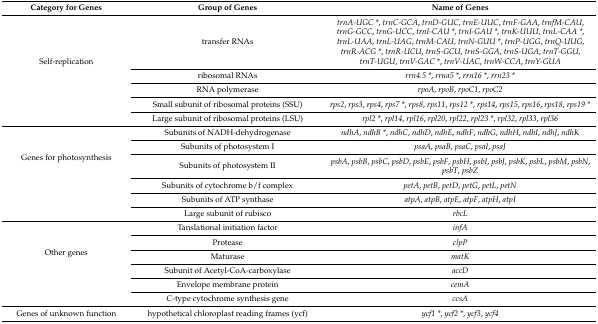
<table><thead><tr><td><b>Category for Genes</b></td><td><b>Group of Genes</b></td><td><b>Name of Genes</b></td></tr></thead><tbody><tr><td rowspan="5">Self-replication</td><td>transfer RNAs</td><td><i>trnA-UGC *</i>, <i>trnC-GCA</i>, <i>trnD-GUC</i>, <i>trnE-UUC</i>, <i>trnF-GAA</i>, <i>trnfM-CAU</i>, <i>trnG-GCC</i>, <i>trnG-UCC</i>, <i>trnI-CAU *</i>, <i>trnI-GAU *</i>, <i>trnK-UUU</i>, <i>trnL-CAA *</i>, <i>trnL-UAA</i>, <i>trnL-UAG</i>, <i>trnM-CAU</i>, <i>trnN-GUU *</i>, <i>trnP-UGG</i>, <i>trnQ-UUG</i>, <i>trnR-ACG *</i>, <i>trnR-UCU</i>, <i>trnS-GCU</i>, <i>trnS-GGA</i>, <i>trnS-UGA</i>, <i>trnT-GGU</i>, <i>trnT-UGU</i>, <i>trnV-GAC *</i>, <i>trnV-UAC</i>, <i>trnW-CCA</i>, <i>trnY-GUA</i></td></tr><tr><td>ribosomal RNAs</td><td><i>rrn4.5 *</i>, <i>rrna5 *</i>, <i>rrn16 *</i>, <i>rrn23 *</i></td></tr><tr><td>RNA polymerase</td><td><i>rpoA</i>, <i>rpoB</i>, <i>rpoC1</i>, <i>rpoC2</i></td></tr><tr><td>Small subunit of ribosomal proteins (SSU)</td><td><i>rps2</i>, <i>rps3</i>, <i>rps4</i>, <i>rps7 *</i>, <i>rps8</i>, <i>rps11</i>, <i>rps12 *</i>, <i>rps14</i>, <i>rps15</i>, <i>rps16</i>, <i>rps18</i>, <i>rps19 *</i></td></tr><tr><td>Large subunit of ribosomal proteins (LSU)</td><td><i>rpl2 *</i>, <i>rpl14</i>, <i>rpl16</i>, <i>rpl20</i>, <i>rpl22</i>, <i>rpl23 *</i>, <i>rpl32</i>, <i>rpl33</i>, <i>rpl36</i></td></tr><tr><td rowspan="6">Genes for photosynthesis</td><td>Subunits of NADH-dehydrogenase</td><td><i>ndhA</i>, <i>ndhB *</i>, <i>ndhC</i>, <i>ndhD</i>, <i>ndhE</i>, <i>ndhF</i>, <i>ndhG</i>, <i>ndhH</i>, <i>ndhI</i>, <i>ndhJ</i>, <i>ndhK</i></td></tr><tr><td>Subunits of photosystem I</td><td><i>psaA</i>, <i>psaB</i>, <i>psaC</i>, <i>psaI</i>, <i>psaJ</i></td></tr><tr><td>Subunits of photosystem II</td><td><i>psbA</i>, <i>psbB</i>, <i>psbC</i>, <i>psbD</i>, <i>psbE</i>, <i>psbF</i>, <i>psbH</i>, <i>psbI</i>, <i>psbJ</i>, <i>psbK</i>, <i>psbL</i>, <i>psbM</i>, <i>psbN</i>, <i>psbT</i>, <i>psbZ</i></td></tr><tr><td>Subunits of cytochrome b/f complex</td><td><i>petA</i>, <i>petB</i>, <i>petD</i>, <i>petG</i>, <i>petL</i>, <i>petN</i></td></tr><tr><td>Subunits of ATP synthase</td><td><i>atpA</i>, <i>atpB</i>, <i>atpE</i>, <i>atpF</i>, <i>atpH</i>, <i>atpI</i></td></tr><tr><td>Large subunit of rubisco</td><td><i>rbcL</i></td></tr><tr><td rowspan="6">Other genes</td><td>Tanslational initiation factor</td><td><i>infA</i></td></tr><tr><td>Protease</td><td><i>clpP</i></td></tr><tr><td>Maturase</td><td><i>matK</i></td></tr><tr><td>Subunit of Acetyl-CoA-carboxylase</td><td><i>accD</i></td></tr><tr><td>Envelope membrane protein</td><td><i>cemA</i></td></tr><tr><td>C-type cytochrome synthesis gene</td><td><i>ccsA</i></td></tr><tr><td>Genes of unknown function</td><td>hypothetical chloroplast reading frames (ycf)</td><td><i>ycf1 *</i>, <i>ycf2 *</i>, <i>ycf3</i>, <i>ycf4</i></td></tr></tbody></table>